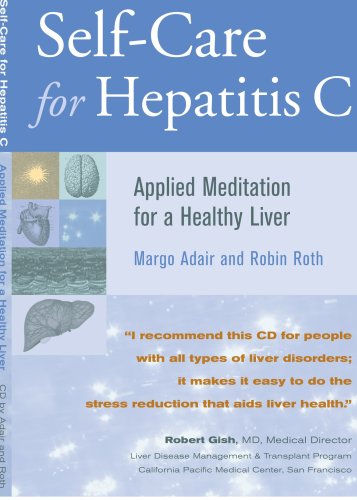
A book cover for Hepatitis C Self Care - Applied Meditation for a Healthy Liver; Margo Adair; Health, Fitness & Dieting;